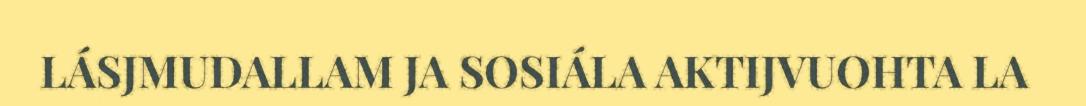
LÁSJMUDALLAM JA SOSIÁLA AKTIJVUOHTA LA